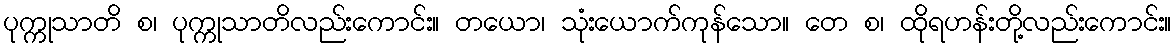
ပုက္ကုသာတိ စ၊ ပုက္ကုသာတိလည်းကောင်း။ တယော၊ သုံးယောက်ကုန်သော။ တေ စ၊ ထိုရဟန်းတို့လည်းကောင်း။